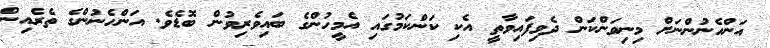
އަންހެނުންނަށް މިނިވަންކަން ދެވިފައިވާތީ އެކި ކަންކަމުގައި އެމީހުންގެ ބައިވެރިވުން ބޮޑެވެ. އަންހެނުންގެ ތެރެއިން